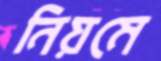
নিয়মে